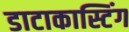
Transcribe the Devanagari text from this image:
डाटाकास्टिंग